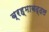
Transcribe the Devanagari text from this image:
ब्रह्माबद्दल